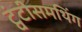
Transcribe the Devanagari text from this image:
ट्वंटीसमथिंग